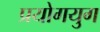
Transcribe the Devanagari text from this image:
प्रयोगयुग